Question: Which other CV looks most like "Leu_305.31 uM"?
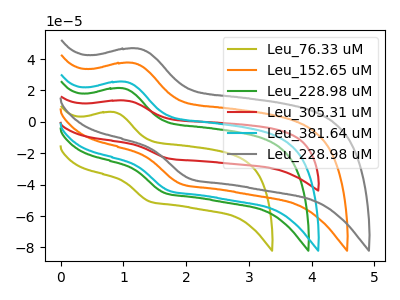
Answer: <think>The olive curve "Leu_76.33 uM" has an anodic peak at (0.85V, 6.20uA) and a cathodic peak at (1.40V, -50.70uA). The orange curve "Leu_152.65 uM" has an anodic peak at (1.15V, 37.50uA) and a cathodic peak at (1.90V, -39.55uA). The green curve "Leu_228.98 uM" has an anodic peak at (1.00V, 21.35uA) and a cathodic peak at (1.65V, -45.30uA). The red curve "Leu_305.31 uM" has an anodic peak at (1.05V, 13.60uA) and a cathodic peak at (1.75V, -23.40uA). The cyan curve "Leu_381.64 uM" has an anodic peak at (1.05V, 25.45uA) and a cathodic peak at (1.75V, -43.85uA). The gray curve "Leu_228.98 uM" has an anodic peak at (1.25V, 46.65uA) and a cathodic peak at (2.05V, -36.35uA).
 "Leu_76.33 uM" and "Leu_152.65 uM" have at least one peak that do not match. "Leu_76.33 uM" and "Leu_228.98 uM" have at least one peak that do not match. "Leu_76.33 uM" and "Leu_305.31 uM" have at least one peak that do not match. "Leu_76.33 uM" and "Leu_381.64 uM" have at least one peak that do not match. "Leu_76.33 uM" and "Leu_228.98 uM" have at least one peak that do not match. "Leu_152.65 uM" and "Leu_228.98 uM" have at least one peak that do not match. "Leu_152.65 uM" and "Leu_305.31 uM" have at least one peak that do not match. "Leu_152.65 uM" and "Leu_381.64 uM" have at least one peak that do not match. "Leu_152.65 uM" and "Leu_228.98 uM" have at least one peak that do not match. "Leu_228.98 uM" and "Leu_305.31 uM" have at least one peak that do not match. "Leu_228.98 uM" and "Leu_381.64 uM" have at least one peak that do not match. "Leu_228.98 uM" and "Leu_228.98 uM" have at least one peak that do not match. All the peaks in "Leu_305.31 uM" have a peak in "Leu_381.64 uM" at the same potential. Every peak in "Leu_305.31 uM" is lower than every peak in "Leu_381.64 uM". "Leu_305.31 uM" and "Leu_228.98 uM" have at least one peak that do not match. "Leu_381.64 uM" and "Leu_228.98 uM" have at least one peak that do not match.</think>
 <answer>The CV with the most similar shape to "Leu_381.64 uM" is "Leu_305.31 uM".</answer>
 <eval>"Leu_305.31 uM"</eval>